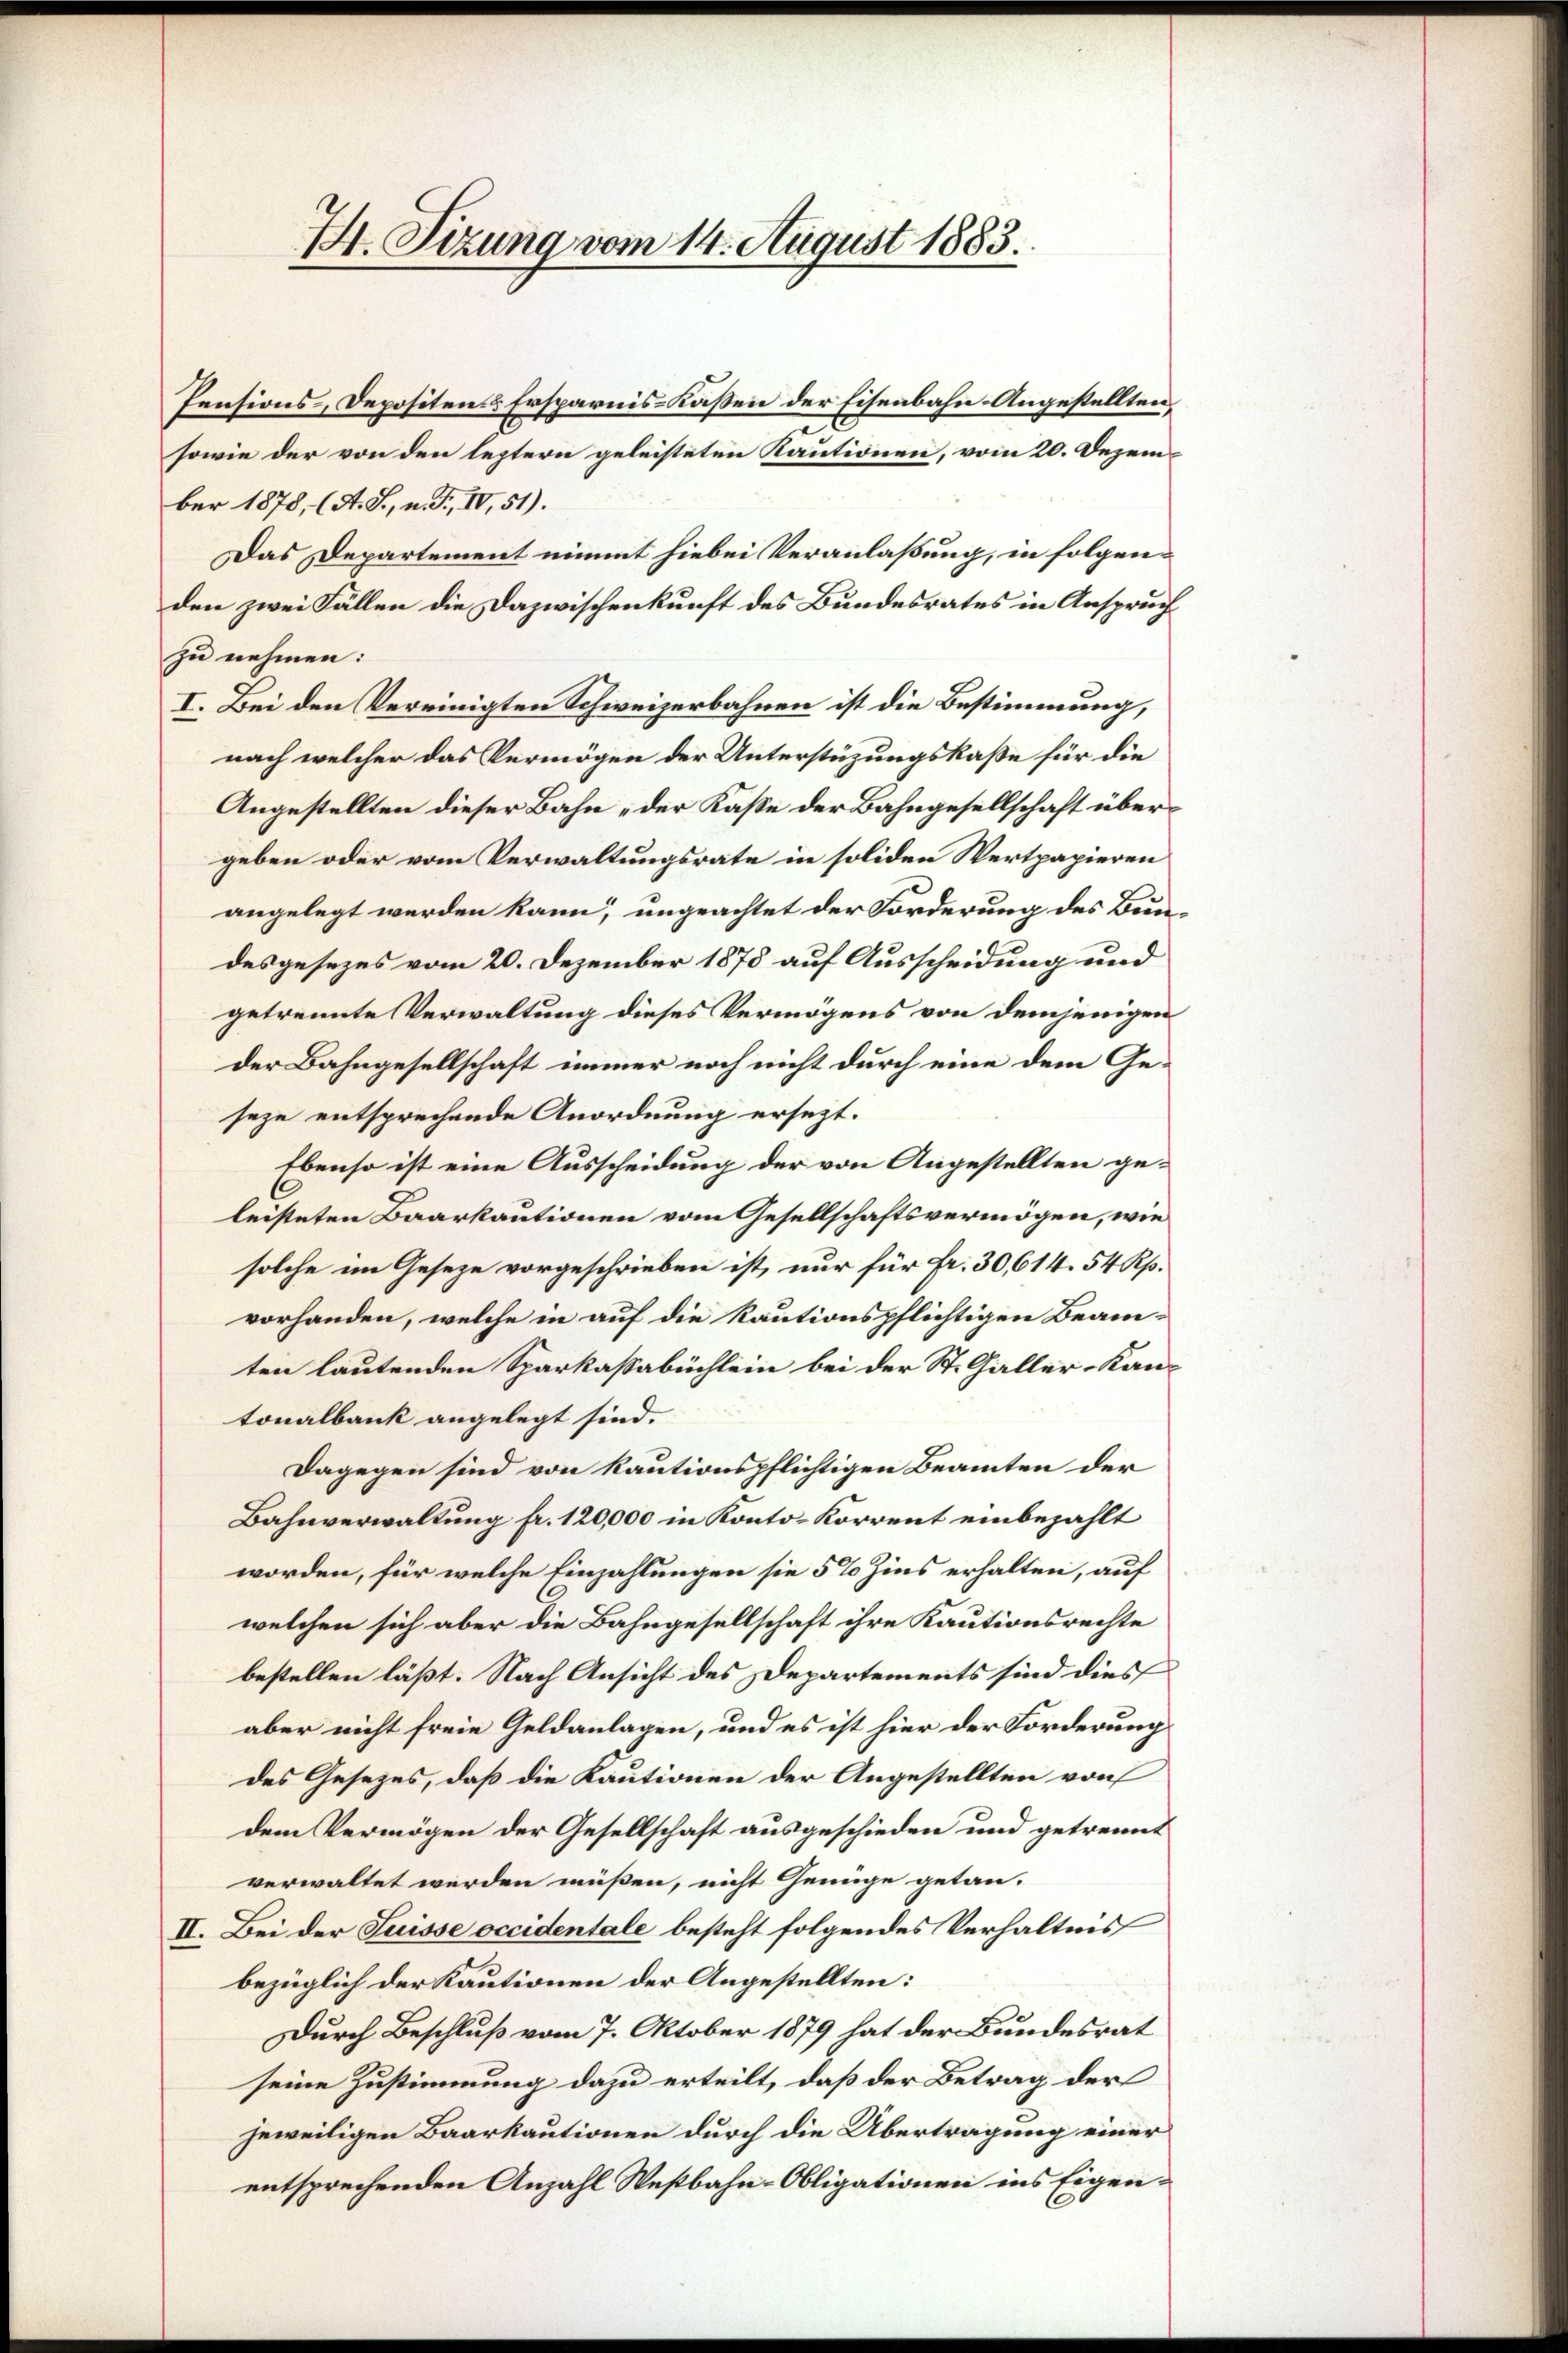
1. Sizung vom 14. August 1883.

Pensions, Depositen & Ersparnis-Kassen der Eisenbahn-Angestellten,
2
sowie der von den leztern geleisteten Kautionen, vom 20. Dezember 1878, (A. S., n. F., IV, 51).
Das Departement nimmt hiebei Veranlaßung, in folgenden zwei Fällen die Dazwischenkunft des Bundesrates in Anspruch
zu nehmen:
I. Bei den Vereinigten Schweizerbahnen ist die Bestimmung,
nach welcher das Vermögen der Unterstüzungskaße für die
Angestellten dieser Bahn „der Kasse der Bahngesellschaft übergeben oder vom Verwaltungsrate in soliden Wertpapieren
angelegt werden kann, ungeachtet der Forderung des Bundesgesezes vom 20. Dezember 1878 auf Ausscheidung und
getrennte Verwaltung dieses Vermögens von demjenigen
der Bahngesellschaft immer noch nicht durch eine dem Geseze entsprechende Anordnung ersezt.
Ebenso ist eine Ausscheidung der von Angestellten geleisteten Baarkautionen vom Gesellschaftsvermögen, wie
solche im Geseze vorgeschrieben ist, nur für fr. 30, 614. 54 Rp.
vorhanden, welche in auf die kautionspflichtigen Beamten lautenden Sparkassabüchlein bei der St. Galler-Kantonalbank angelegt sind.
Dagegen sind von kautionspflichtigen Beamten der
Bahnverwaltung fr. 120,000 in Konto- Korrent einbezahlt
worden, für welche Einzahlungen sie 5% Zins erhalten, auf
welchen sich aber die Bahngesellschaft ihre Kautionsrechte
bestellen läßt. Nach Ansicht des Departements sind dies
aber nicht freie Geldanlagen, und es ist hier der Forderung
des Gesezes, daß die Kautionen der Angestellten von
dem Vermögen der Gesellschaft ausgeschieden und getrennt
verwaltet werden müßen, nicht Genüge getan-
II. Bei der Suisse occidentale besteht folgendes Verhältnis
bezüglich der Kautionen der Angestellten:
Durch Beschluß vom 7. Oktober 1879 hat der Bundesrat
seine Zustimmung dazu erteilt, daß der Betrag der
jeweiligen Baarkautionen durch die Übertragung einer
entsprechenden Anzahl Westbahn-Obligationen ins Eigen¬